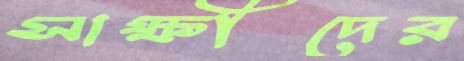
সাক্ষীদের